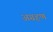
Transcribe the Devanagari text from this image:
अग्रहण